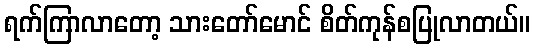
ရက်ကြာလာတော့ သားတော်မောင် စိတ်ကုန်စပြုလာတယ်။